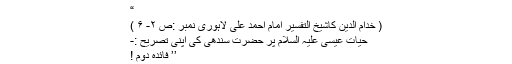
“
( خدام الدین کاشیخ التفسیر امام احمد علی لاہوری نمبر :ص ۲- ۶ )
حیات عیسیٰ علیہ السلام پر حضرت سندھیؒ کی اپنی تصریح :-
’’ فائدہ دوم !